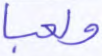
ولعبا